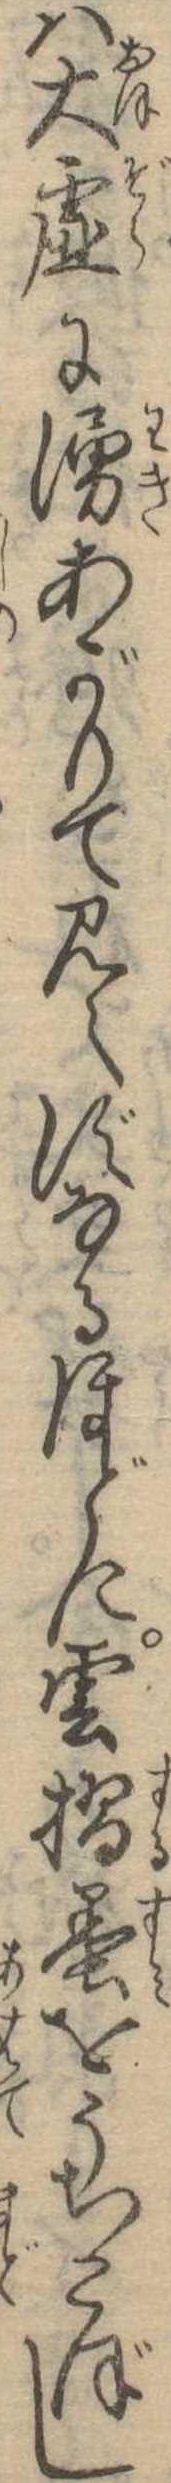
は大虚に湧あがりて見えずなるほどに雲摺墨をうちこぼし